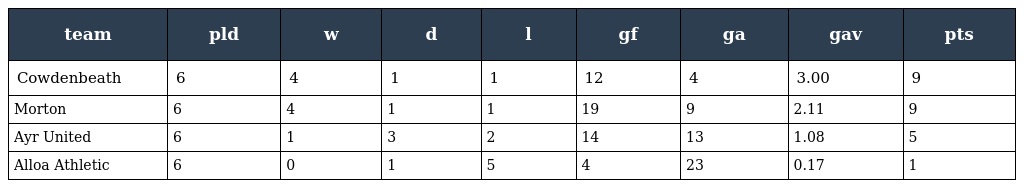
| team | pld | w | d | l | gf | ga | gav | pts |
 | --- | --- | --- | --- | --- | --- | --- | --- | --- |
 | Cowdenbeath | 6 | 4 | 1 | 1 | 12 | 4 | 3.00 | 9 |
 | Morton | 6 | 4 | 1 | 1 | 19 | 9 | 2.11 | 9 |
 | Ayr United | 6 | 1 | 3 | 2 | 14 | 13 | 1.08 | 5 |
 | Alloa Athletic | 6 | 0 | 1 | 5 | 4 | 23 | 0.17 | 1 |